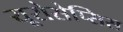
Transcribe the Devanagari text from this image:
यूरोसेप्सिस